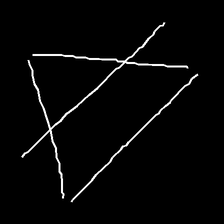
Glyph: empower